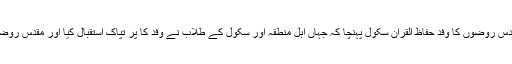
بروز جمعرات (8رجب 1438هـ) بمطابق (6 اپریل 2017ء) کو مقدس روضوں کا وفد حفاظ القرآن سکول پہنچا کہ جہاں اہل منطقہ اور سکول کے طلاب نے وفد کا پُر تپاک استقبال کیا اور مقدس روضوں کے خدام کی اپنے علاقہ میں آمد کو باعث خیر و برکت قرار دیا۔